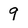
Character: 9